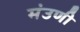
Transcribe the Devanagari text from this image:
मंउणी